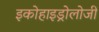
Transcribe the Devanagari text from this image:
इकोहाइड्रोलोजी